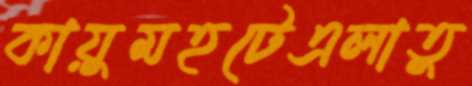
কায়ুমহটেএলাতু